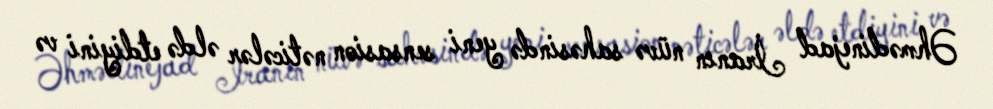
Əhmədinejad İranın nüvə sahəsində yeni sensasion nəticələr əldə etdiyini və